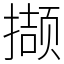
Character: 撷